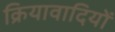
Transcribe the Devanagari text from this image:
क्रियावादियों